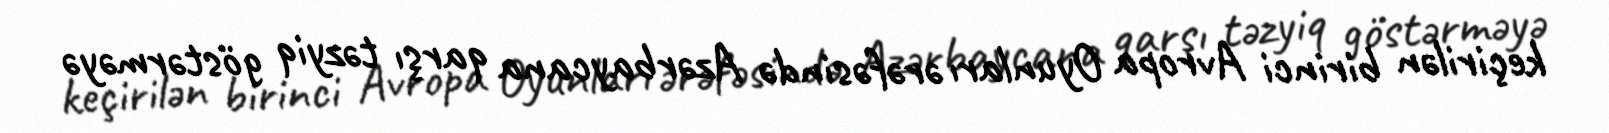
keçirilən birinci Avropa Oyunları ərəfəsində Azərbaycana qarşı təzyiq göstərməyə